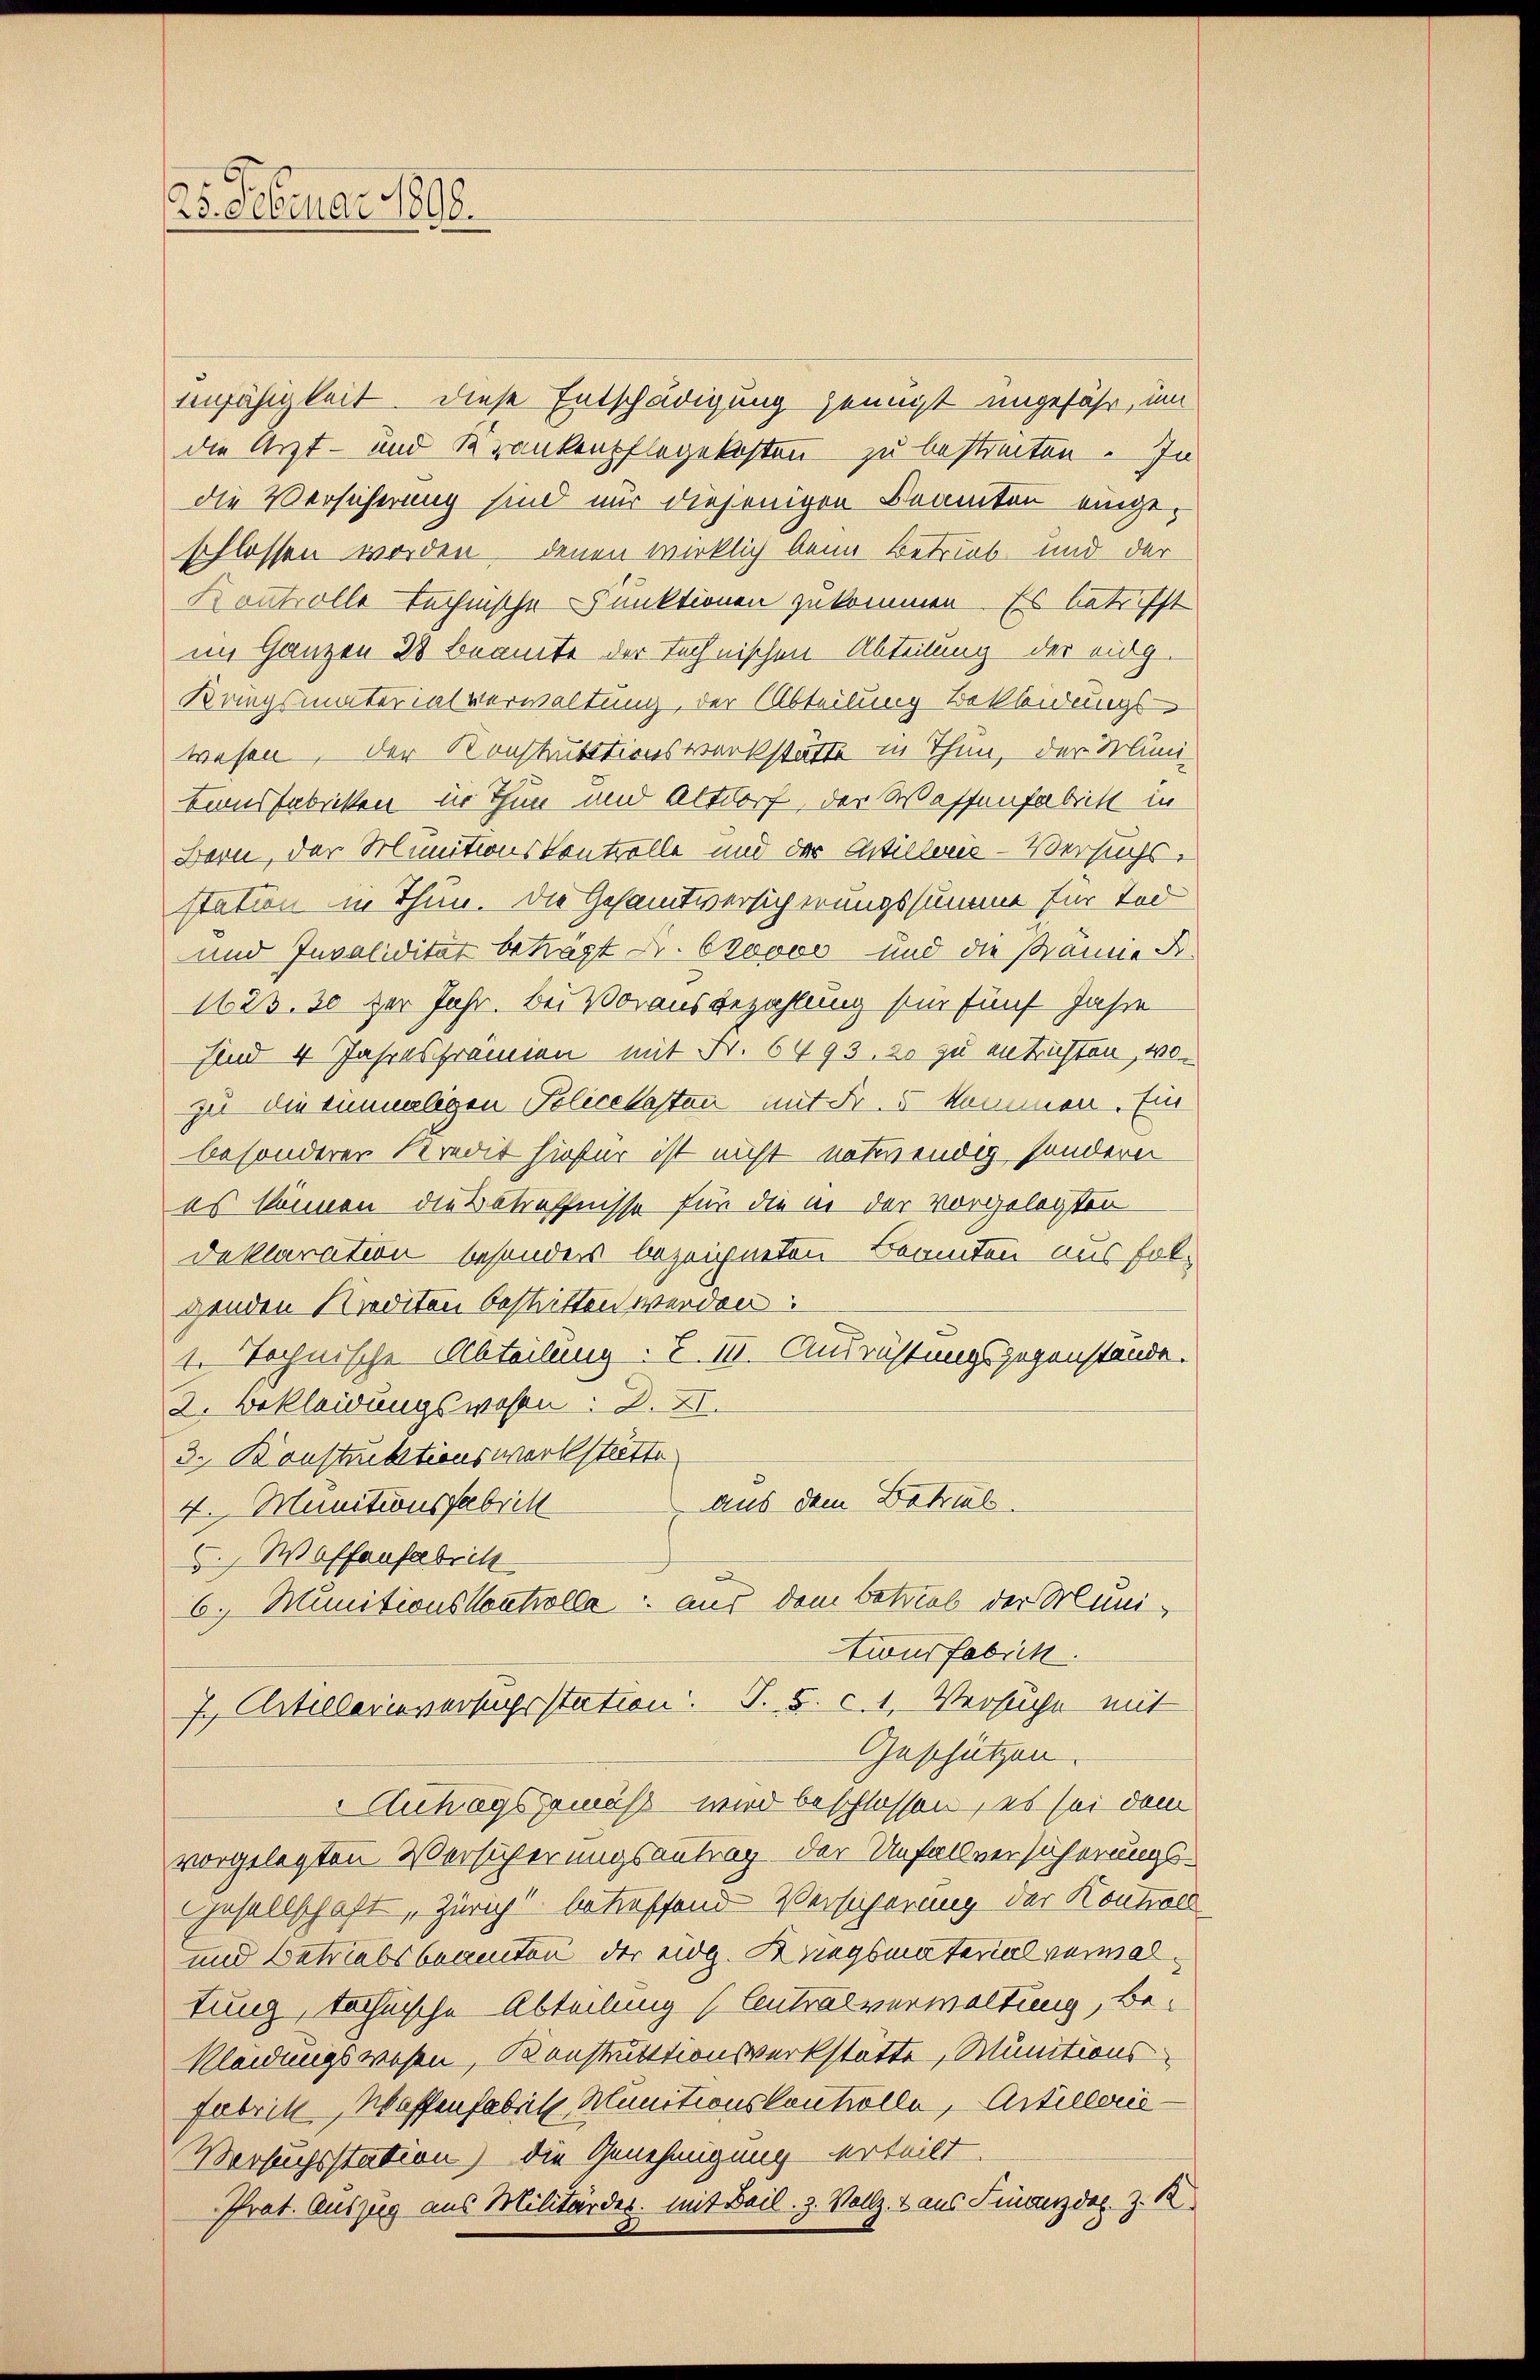
25. Februar 1890.

unfähigkeit. Diese Entschädigung genügt ungefähr, um
die Arzt- und Krankenpflegekosten zu bestreiten. In
die Versicherung sind nur diejenigen Beamten eingeschlossen worden denen wirklich beim Betrieb und der
Kontrolle technische Punktionen zukommen. Es betr. Ist
im Ganzen 28 Beamte der technischen Abteilung der eidg.
Kriegsmaterialverwaltung, der (Abteilung Bekleidungs-
wesen der Konstruktionswerkstätte in Thun, der Muni-
tionsfabriken in Thun und Altdorf, der Wassenfabritt in
Bern, der Munitionskontrolle und der Artillerie-Versuchs-
station in Thun. Die Gesamtversicherungssumme für Tod
und Invalidität beträgt Fr. 600000 und die Prämie K.
1623. 30 der Jahr. Bei Vorausbezahlung für fünf Jahre
sind 4 Jahresframien mit Fr. 6493, 20 zu entrichten, wozu die einmaligen Policekasten mit Fr. 5 kommen. Ein
besonderer Kredit hiefür ist nicht entwendig, sondern
es können die Betreffnisse für die in der vorgelegten
Deklaration besonders bezeichneten Beamten aus folgenden Krediten bestritten werden:
te technische Abteilung. I. III. Ausrichtungsgegenstände.
2. Bekleidungswesen: 2. XI.
3. Konstruktionswerkstätte
aus dem Betrub.
4. Manctionsfabrill
5., Wolfaufabrik
6. Munitionskontrolle aus dem Betrieb der Muni-
twurfebick.
7., Artillerieverkehrstation. S. 5. c. 1. Versuche mit
Geschützen.
Antragsgemäß wird beschlossen, es sei dem
vorgelegten Versicherungsantrag der Unfallversicherungs-
Gesellschaft, Züricht betreffend Versicherung der Kontroll
und betriebsbeamten der eidg. Kriegsmaterial vermaltung, technische Abteilung (Centralverwaltung, Be-
Kleidungswesen, Konstruktionswerkstätte, Munitionsfabrik, Waffenfabrik Munitionskontrolle, Artillerie¬
Versuchsstation) die Genehmigung erteilt.
Prat. Auszug aus Militärder. Mit Beil. z. Vollz. 2 aus Finanzdel. z. B